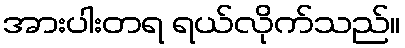
အားပါးတရ ရယ်လိုက်သည်။